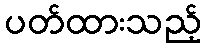
ပတ်ထားသည့်